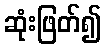
ဆုံးဖြတ်၍